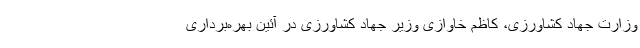
وزارت جهاد کشاورزی، کاظم خاوازی وزیر جهاد کشاورزی در آئین بهره‌برداری